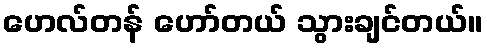
ဟေလ်တန် ဟော်တယ် သွားချင်တယ်။